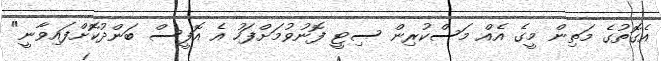
އެގޮތުގެ މަތިން މީގެ އެއް މަސްކުރިން ސިޓީ ފޮނުވުމަށްފަހު އެ އޮފީސް ބަންދުކޮށްފައިވާނީ"